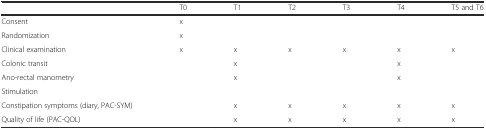
<table><thead><tr><td></td><td><b>T0</b></td><td><b>T1</b></td><td><b>T2</b></td><td><b>T3</b></td><td><b>T4</b></td><td><b>T5 and T6</b></td></tr></thead><tbody><tr><td>Consent</td><td>x</td><td></td><td></td><td></td><td></td><td></td></tr><tr><td>Randomization</td><td>x</td><td></td><td></td><td></td><td></td><td></td></tr><tr><td>Clinical examination</td><td>x</td><td>x</td><td>x</td><td>x</td><td>x</td><td>x</td></tr><tr><td>Colonic transit</td><td></td><td>x</td><td></td><td></td><td>x</td><td></td></tr><tr><td>Ano-rectal manometry</td><td></td><td>x</td><td></td><td></td><td>x</td><td></td></tr><tr><td>Stimulation</td><td></td><td></td><td></td><td></td><td></td><td></td></tr><tr><td>Constipation symptoms (diary, PAC-SYM)</td><td></td><td>x</td><td>x</td><td>x</td><td>x</td><td>x</td></tr><tr><td>Quality of life (PAC-QOL)</td><td></td><td>x</td><td>x</td><td>x</td><td>x</td><td>x</td></tr></tbody></table>